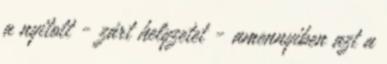
a nyitott - zárt helyzetet - amennyiben azt a